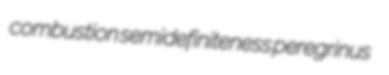
combustion semidefiniteness peregrinus